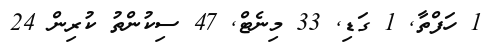
1 ހަފްތާ